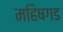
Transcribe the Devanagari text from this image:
महिषगड